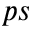
p s